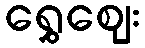
ရွှေဈေး